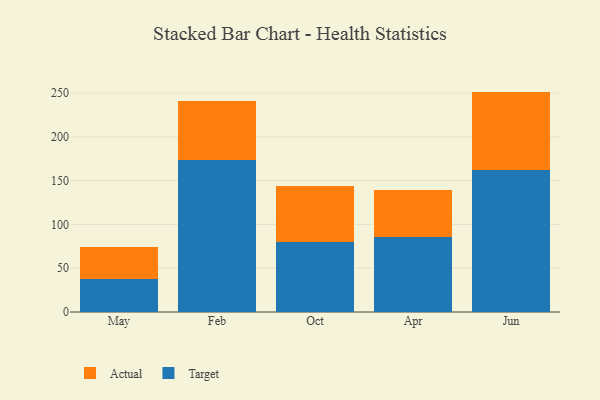
{"axis": {"x": "Month", "y": "Budget (USD K)"}, "legend": ["Actual", "Target"], "data": [{"x": "May", "y": 37.8, "type": "Target"}, {"x": "May", "y": 37.0, "type": "Actual"}, {"x": "Feb", "y": 174.1, "type": "Target"}, {"x": "Feb", "y": 67.3, "type": "Actual"}, {"x": "Oct", "y": 80.1, "type": "Target"}, {"x": "Oct", "y": 63.9, "type": "Actual"}, {"x": "Apr", "y": 85.3, "type": "Target"}, {"x": "Apr", "y": 54.0, "type": "Actual"}, {"x": "Jun", "y": 161.7, "type": "Target"}, {"x": "Jun", "y": 90.0, "type": "Actual"}]}